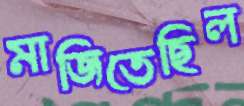
মাজিতেছিল